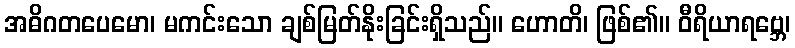
အဓိဂတပေမော၊ မကင်းသော ချစ်မြတ်နိုးခြင်းရှိသည်။ ဟောတိ၊ ဖြစ်၏။ ဝီရိယာရဗ္ဘေ၊